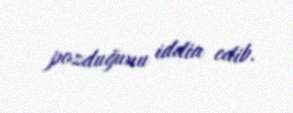
pozduğunu iddia edib.